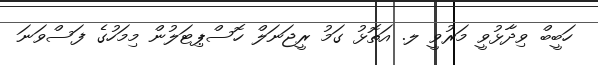
ހަބީބް ވިދާޅުވީ މަރުވީ ލ. އަތޮޅު ގަމު ރީޖަނަލް ހޮސްޕިޓަލުން މިމަހުގެ ފަސްވަނަ